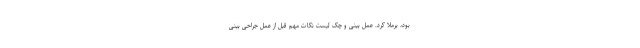
بود، برملا کرد. عمل بینی و چک لیست نکات مهم قبل از عمل جراحی بینی